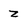
Character: Z